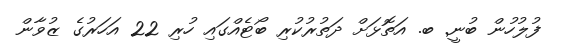
ފުލުހުން ބުނީ